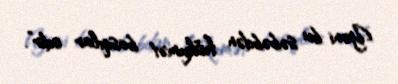
Yəni bu səbəbdən hökumət basqılar edir”.